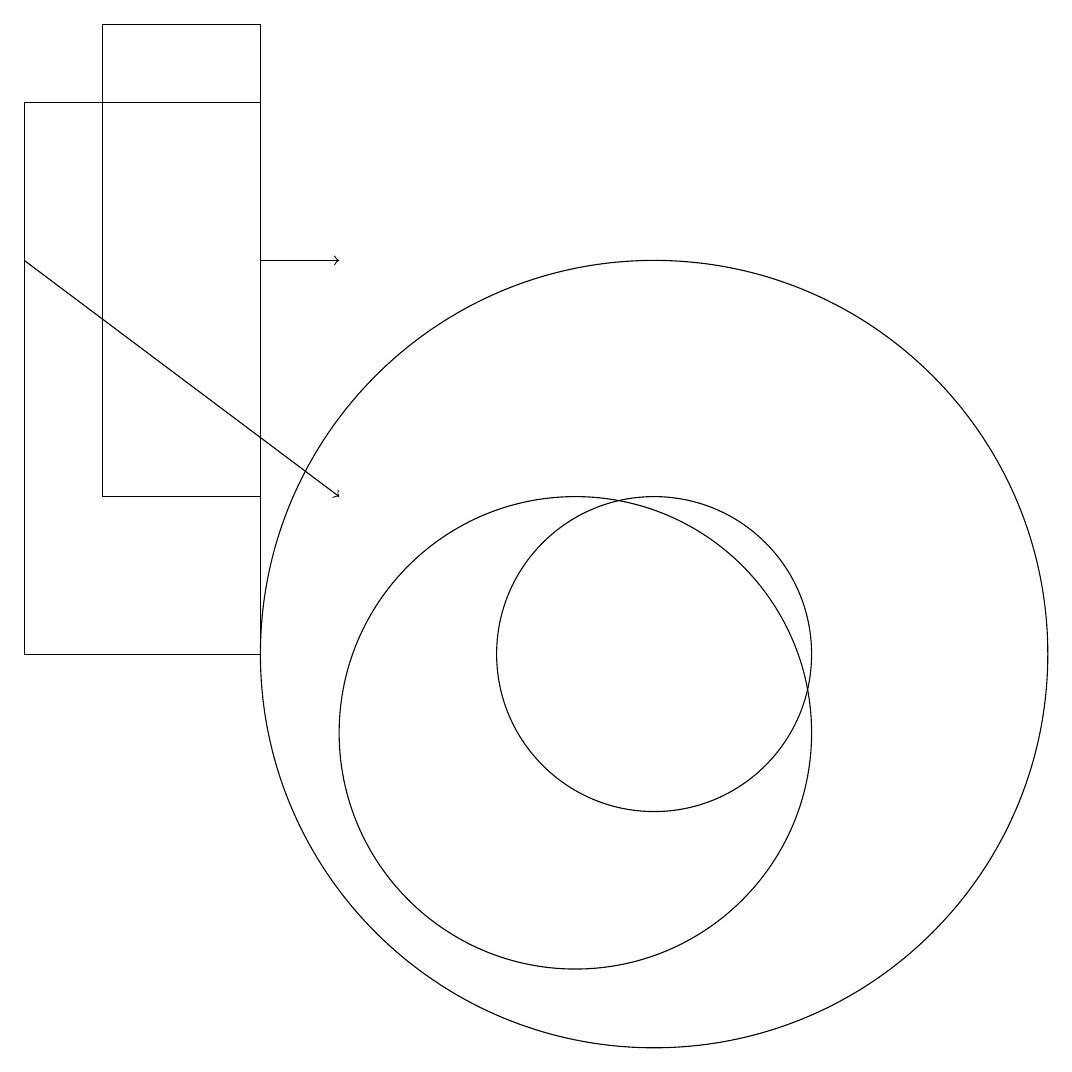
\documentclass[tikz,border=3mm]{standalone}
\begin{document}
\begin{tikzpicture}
\draw (6,11) rectangle (3,18);
\draw[->] (6,16) -- (7,16);
\draw (4,19) rectangle (6,13);
\draw (11,11) circle (5);
\draw (10,10) circle (3);
\draw[->] (3,16) -- (7,13);
\draw (11,11) circle (2);
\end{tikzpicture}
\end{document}